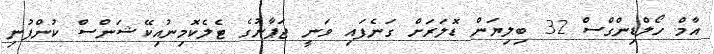
އާމް ހޯލްޑިންގްސް 32 ބިލިޔަން ޑޮލަރަށް ގަނެފައި ވަނީ ޖަޕާނުގެ ޓެލެކޮމިނުއިކޭޝަންސް ކުންފުނި